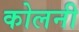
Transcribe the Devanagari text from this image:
कोलनी